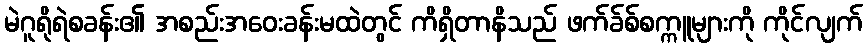
မဲဂူရိုရဲစခန်း၏ အစည်းအဝေးခန်းမထဲတွင် ကိရှိတာနိသည် ဖက်ခ်စ်စက္ကူများကို ကိုင်လျက်